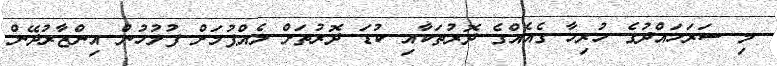
މި ސަރަހައްދުގެ ހުރިހާ ގެއެއްގެ ދޮރުތަކާއި ކުޑަ ދޮރުތަށް ލެއްޕުމަށް ފުލުހުން އިންޒާރުދޭން